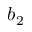
b _ { 2 }